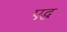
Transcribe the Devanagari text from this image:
एद्ध